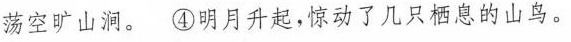
荡空旷山涧。④明月升起，惊动了几只栖息的山鸟。